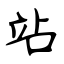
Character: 站